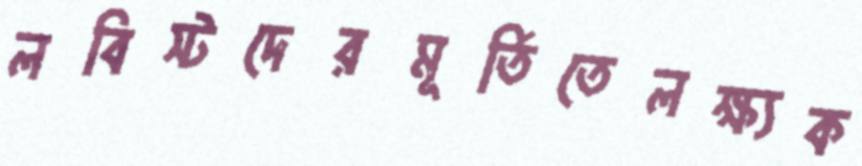
লবিস্টদেরমূর্তিতেলক্ষ্যক